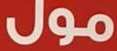
مول